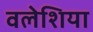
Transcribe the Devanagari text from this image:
वलेशिया